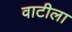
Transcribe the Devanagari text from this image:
वाटीला